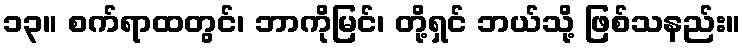
၁၃။ စက်ရာထတွင်၊ ဘာကိုမြင်၊ တို့ရှင် ဘယ်သို့ ဖြစ်သနည်း။